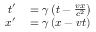
\begin{array} { r l } { t ^ { \prime } } & { { } = \gamma \left( t - { \frac { v x } { c ^ { 2 } } } \right) } \\ { x ^ { \prime } } & { { } = \gamma \left( x - v t \right) \, } \end{array}